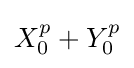
X_{0}^{p}+Y_{0}^{p}